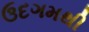
ઉદગમથી